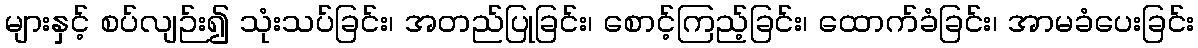
များနှင့် စပ်လျဉ်း၍ သုံးသပ်ခြင်း၊ အတည်ပြုခြင်း၊ စောင့်ကြည့်ခြင်း၊ ထောက်ခံခြင်း၊ အာမခံပေးခြင်း